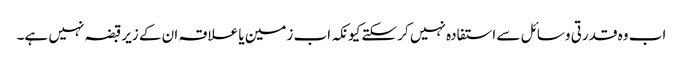
اب وہ قدرتی وسائل سے استفادہ نہیں کر سکتے کیونکہ اب زمین یا علاقہ ان کے زیرقبضہ نہیں ہے۔